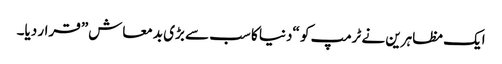
ایک مظاہرین نے ٹرمپ کو “دنیا کا سب سے بڑی بدمعاش” قرار دیا۔